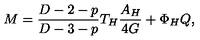
M = \frac { D - 2 - p } { D - 3 - p } T _ { H } \frac { A _ { H } } { 4 G } + \Phi _ { H } Q ,